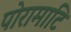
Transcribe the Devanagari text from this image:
पोरामाटि